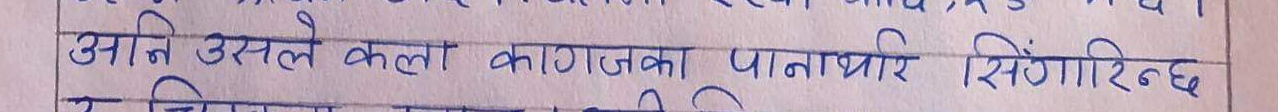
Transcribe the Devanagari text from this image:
अनि उसले कलो कागजका पानाभरि सिँगारेछ